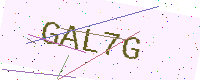
Text: GAL7G